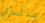
بالذي